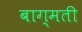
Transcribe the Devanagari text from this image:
बाग्मती